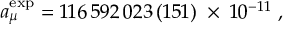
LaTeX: a _ { \mu } ^ { \mathrm { e x p } } = 1 1 6 \, 5 9 2 \, 0 2 3 \, ( 1 5 1 ) \; \times \; 1 0 ^ { - 1 1 } \; ,